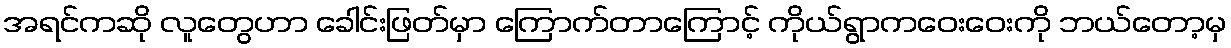
အရင်ကဆို လူတွေဟာ ခေါင်းဖြတ်မှာ ကြောက်တာကြောင့် ကိုယ်ရွာကဝေးဝေးကို ဘယ်တော့မှ